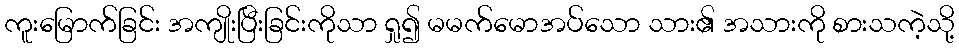
ကူးမြောက်ခြင်း အကျိုးပြီးခြင်းကိုသာ ရှု၍ မမက်မောအပ်သော သား၏ အသားကို စားသကဲ့သို့